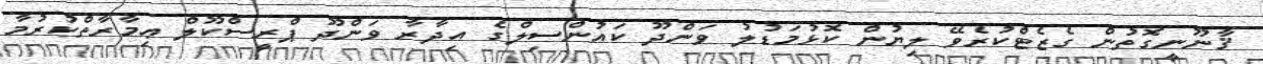
ޤާނޫނީގޮތުން ގެޒެޓްކުރެވޭ ލިޔުން ކޮޅުމަޑުލު ވަންދޫ ކައުންސިލްގެ އިދާރާ ވަންދޫ ޕްރީސްކޫލް ޢިމާރާތްކުރުމާ